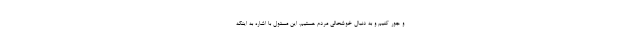
و جور کنیم و به دنبال خوشحالی مردم هستیم. این مسئول با اشاره به اینکه